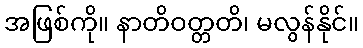
အဖြစ်ကို။ နာတိဝတ္တတိ၊ မလွန်နိုင်။